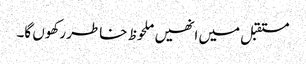
مستقبل میں انھیں ملحوظ خاطر رکھوں گا۔